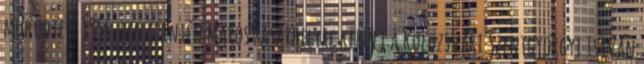
működtet. 1954-ben szintén Marosvásárhelyre került a kolozsvári Szentgyörgyi István